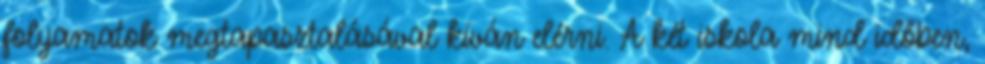
folyamatok megtapasztalásával kíván elérni. A két iskola mind időben,